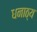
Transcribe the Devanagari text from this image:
धनाठ्य